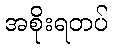
အစိုးရတပ်